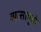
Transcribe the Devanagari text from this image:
व्यासामुळे